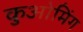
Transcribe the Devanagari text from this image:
कुओमिंग